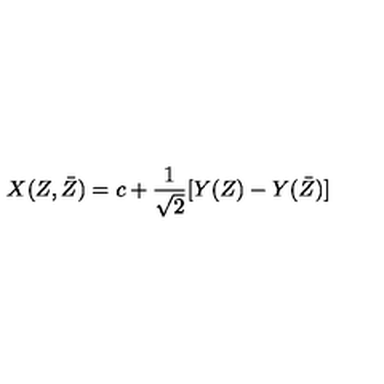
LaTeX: X ( Z , \bar { Z } ) = c + \frac { 1 } { \sqrt { 2 } } [ Y ( Z ) - Y ( \bar { Z } ) ]